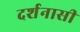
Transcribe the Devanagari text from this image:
दर्शनासी